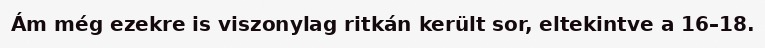
Ám még ezekre is viszonylag ritkán került sor, eltekintve a 16–18.